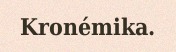
Kronémika.